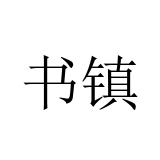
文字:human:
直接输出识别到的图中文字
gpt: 书镇